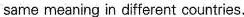
same meaning in different countries.